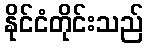
နိုင်ငံတိုင်းသည်